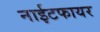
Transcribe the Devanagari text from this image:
नाईटफायर